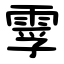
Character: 䨗